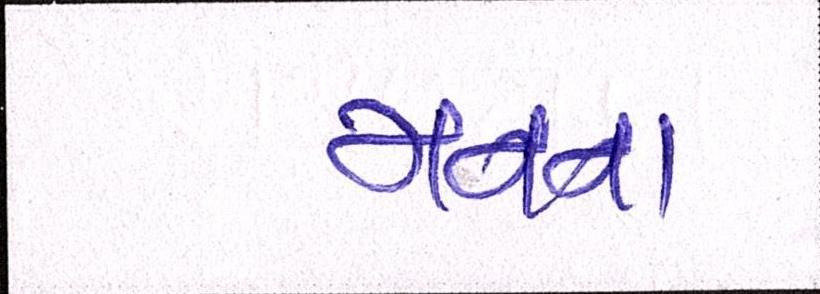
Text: મનના